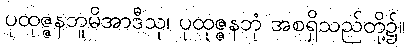
ပုထုဇ္ဇနဘူမိအာဒီသု၊ ပုထုဇ္ဇနဘုံ အစရှိသည်တို့၌။